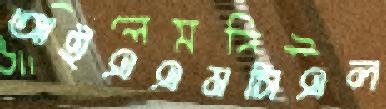
আইএএমসিএল